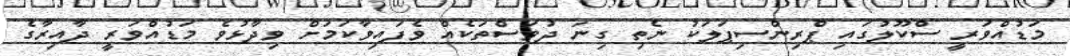
މަޑުއްވަރީ ސްކޫލުގައި ޕްރިންސިޕަލަކު ނެތި ގިނަ ދުވަސްތަކެއް ވެފައިވާކަމަށް ވިދާޅުވެ މަޑުއްވަރީ ދާއިރާގެ